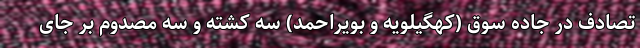
تصادف در جاده سوق (کهگیلویه و بویراحمد) سه کشته و سه مصدوم بر جای